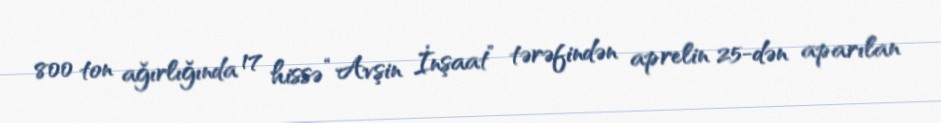
800 ton ağırlığında 17 hissə “Avşin İnşaat” tərəfindən aprelin 25-dən aparılan